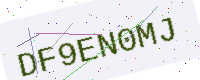
Text: DF9EN0MJ